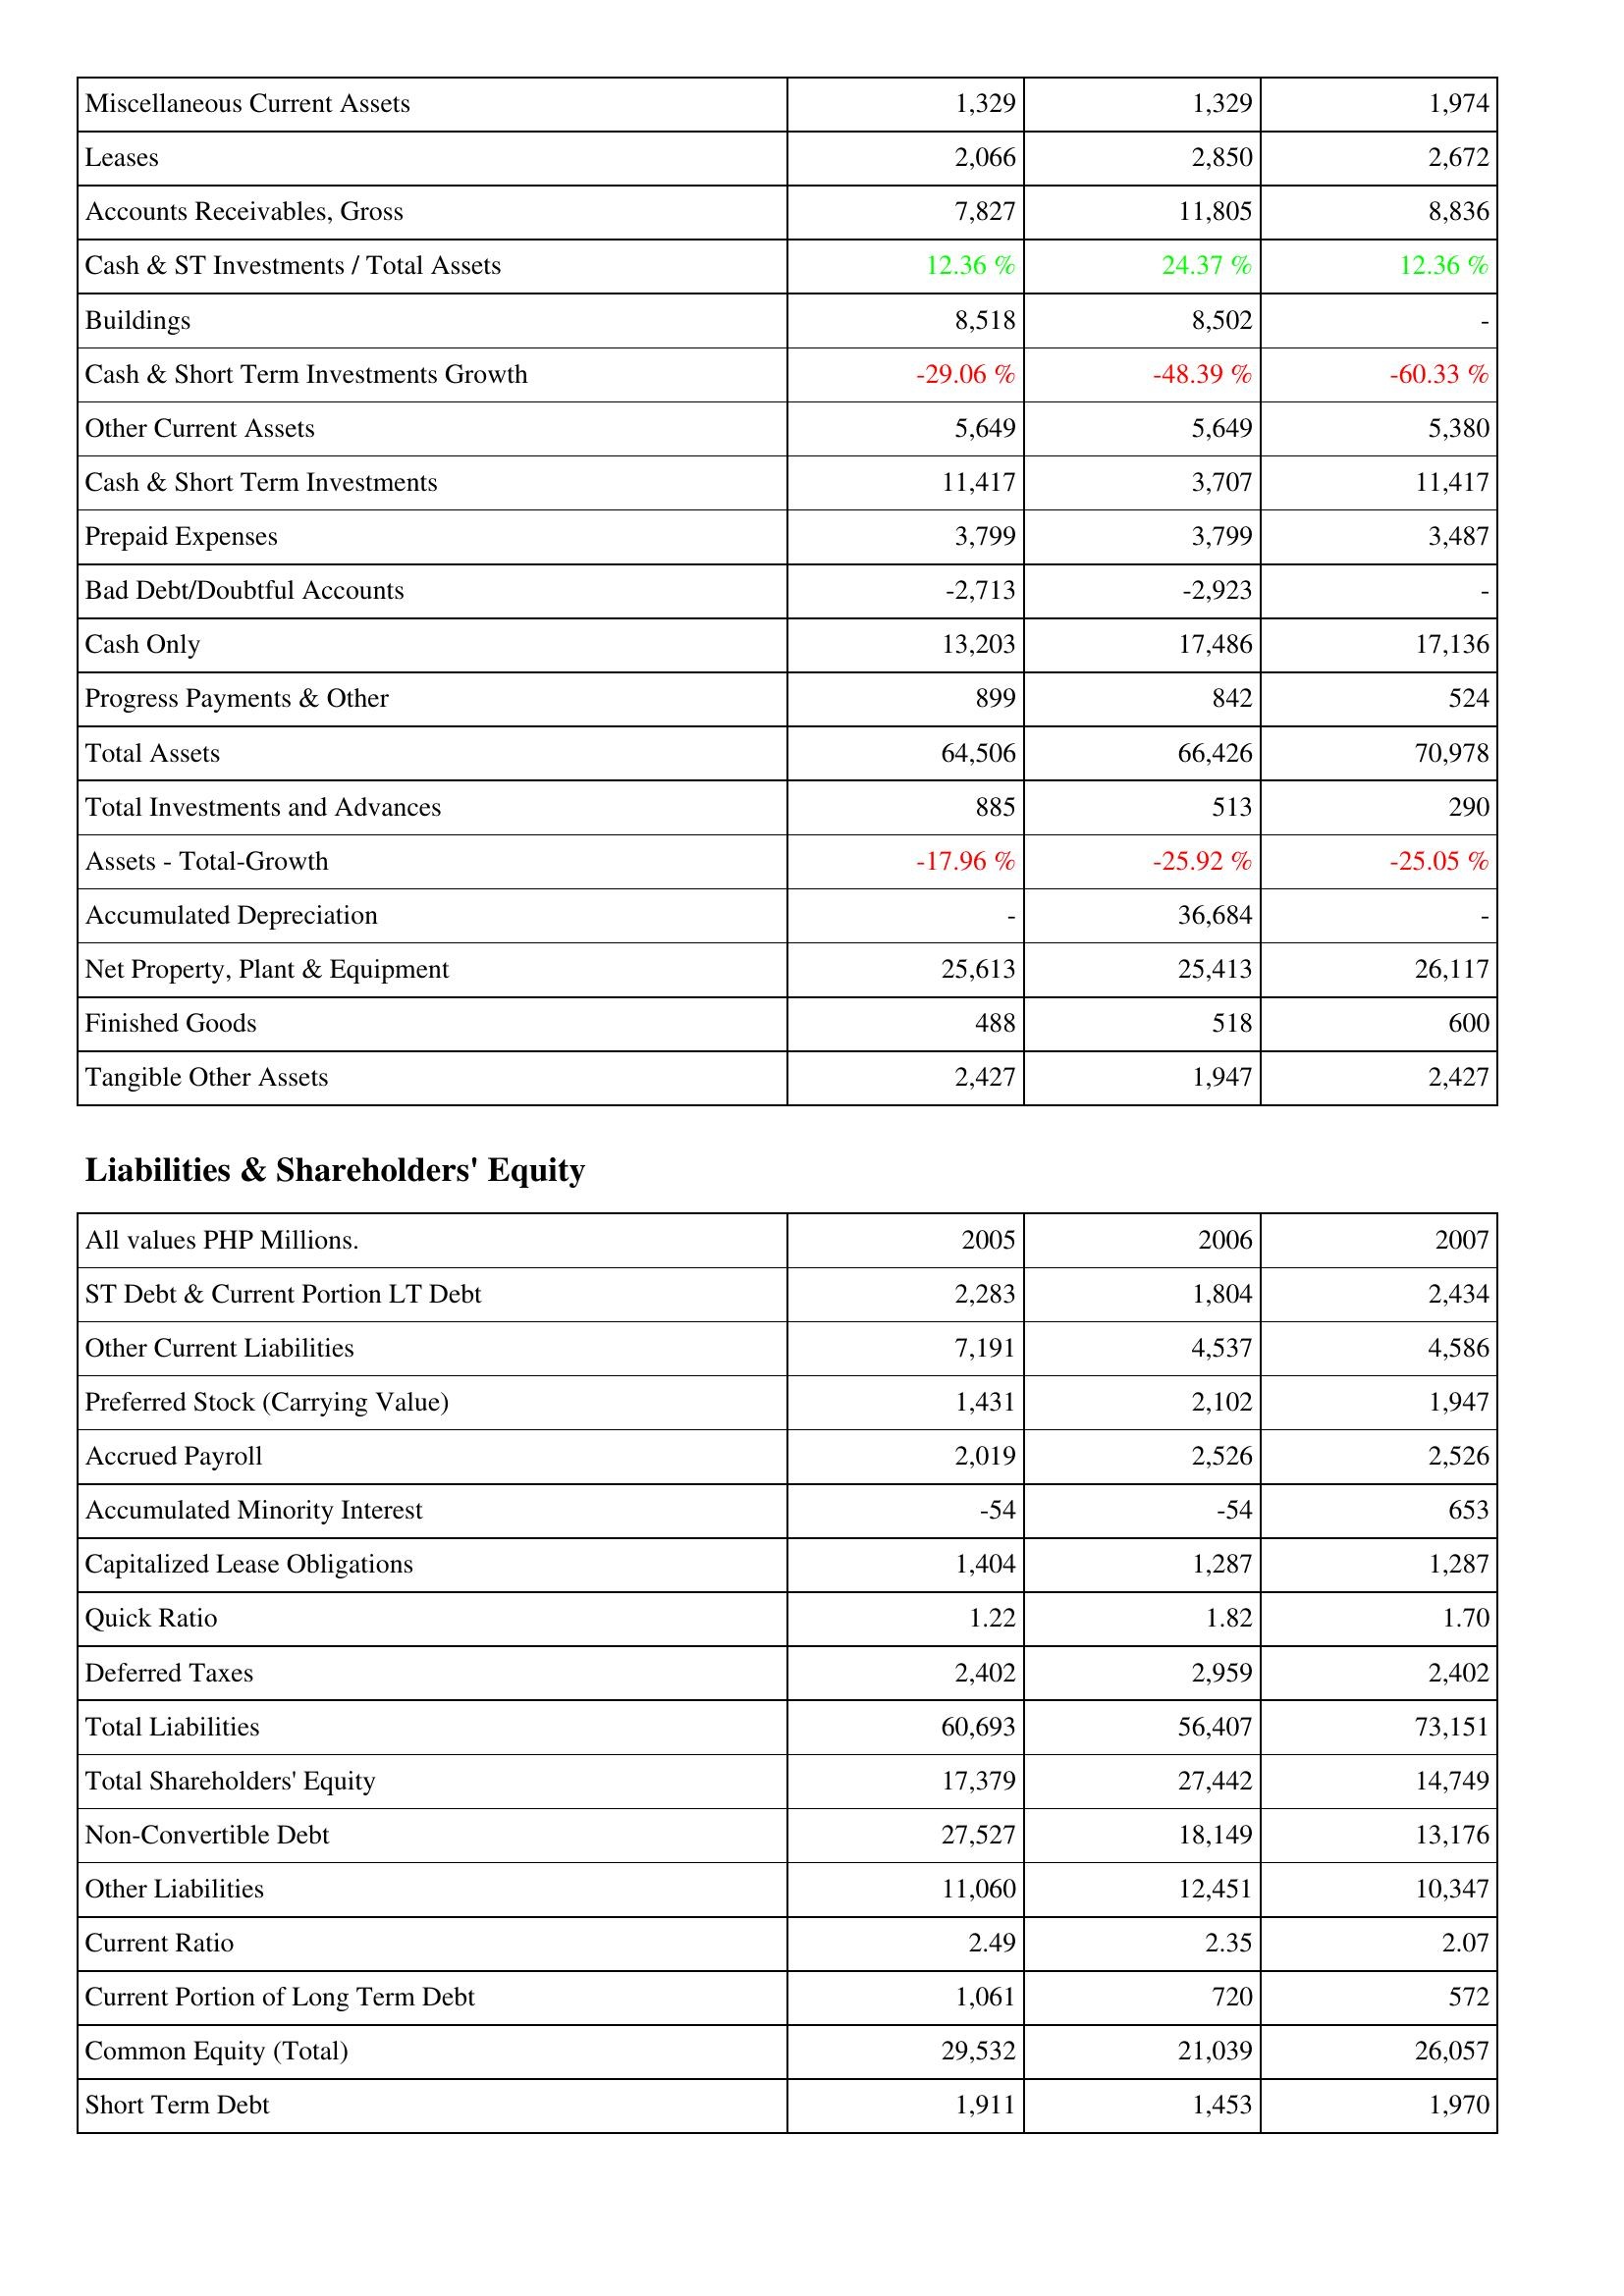
2005: Assets: Miscellaneous Current Assets: 1,329
Leases: 2,066
Accounts Receivables, Gross: 7,827
Cash & ST Investments / Total Assets: 12.36 %
Buildings: 8,518
Cash & Short Term Investments Growth: -29.06 %
Other Current Assets: 5,649
Cash & Short Term Investments: 11,417
Prepaid Expenses: 3,799
Bad Debt/Doubtful Accounts: -2,713
Cash Only: 13,203
Progress Payments & Other: 899
Total Assets: 64,506
Total Investments and Advances: 885
Assets - Total-Growth: -17.96 %
Accumulated Depreciation: -
Net Property, Plant & Equipment: 25,613
Finished Goods: 488
Tangible Other Assets: 2,427
Liabilities & Shareholders' Equity: ST Debt & Current Portion LT Debt: 2,283
Other Current Liabilities: 7,191
Preferred Stock (Carrying Value): 1,431
Accrued Payroll: 2,019
Accumulated Minority Interest: -54
Capitalized Lease Obligations: 1,404
Quick Ratio: 1.22
Deferred Taxes: 2,402
Total Liabilities: 60,693
Total Shareholders' Equity: 17,379
Non-Convertible Debt: 27,527
Other Liabilities: 11,060
Current Ratio: 2.49
Current Portion of Long Term Debt: 1,061
Common Equity (Total): 29,532
Short Term Debt: 1,911
2006: Assets: Miscellaneous Current Assets: 1,329
Leases: 2,850
Accounts Receivables, Gross: 11,805
Cash & ST Investments / Total Assets: 24.37 %
Buildings: 8,502
Cash & Short Term Investments Growth: -48.39 %
Other Current Assets: 5,649
Cash & Short Term Investments: 3,707
Prepaid Expenses: 3,799
Bad Debt/Doubtful Accounts: -2,923
Cash Only: 17,486
Progress Payments & Other: 842
Total Assets: 66,426
Total Investments and Advances: 513
Assets - Total-Growth: -25.92 %
Accumulated Depreciation: 36,684
Net Property, Plant & Equipment: 25,413
Finished Goods: 518
Tangible Other Assets: 1,947
Liabilities & Shareholders' Equity: ST Debt & Current Portion LT Debt: 1,804
Other Current Liabilities: 4,537
Preferred Stock (Carrying Value): 2,102
Accrued Payroll: 2,526
Accumulated Minority Interest: -54
Capitalized Lease Obligations: 1,287
Quick Ratio: 1.82
Deferred Taxes: 2,959
Total Liabilities: 56,407
Total Shareholders' Equity: 27,442
Non-Convertible Debt: 18,149
Other Liabilities: 12,451
Current Ratio: 2.35
Current Portion of Long Term Debt: 720
Common Equity (Total): 21,039
Short Term Debt: 1,453
2007: Assets: Miscellaneous Current Assets: 1,974
Leases: 2,672
Accounts Receivables, Gross: 8,836
Cash & ST Investments / Total Assets: 12.36 %
Buildings: -
Cash & Short Term Investments Growth: -60.33 %
Other Current Assets: 5,380
Cash & Short Term Investments: 11,417
Prepaid Expenses: 3,487
Bad Debt/Doubtful Accounts: -
Cash Only: 17,136
Progress Payments & Other: 524
Total Assets: 70,978
Total Investments and Advances: 290
Assets - Total-Growth: -25.05 %
Accumulated Depreciation: -
Net Property, Plant & Equipment: 26,117
Finished Goods: 600
Tangible Other Assets: 2,427
Liabilities & Shareholders' Equity: ST Debt & Current Portion LT Debt: 2,434
Other Current Liabilities: 4,586
Preferred Stock (Carrying Value): 1,947
Accrued Payroll: 2,526
Accumulated Minority Interest: 653
Capitalized Lease Obligations: 1,287
Quick Ratio: 1.70
Deferred Taxes: 2,402
Total Liabilities: 73,151
Total Shareholders' Equity: 14,749
Non-Convertible Debt: 13,176
Other Liabilities: 10,347
Current Ratio: 2.07
Current Portion of Long Term Debt: 572
Common Equity (Total): 26,057
Short Term Debt: 1,970